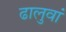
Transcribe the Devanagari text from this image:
ढालुवां